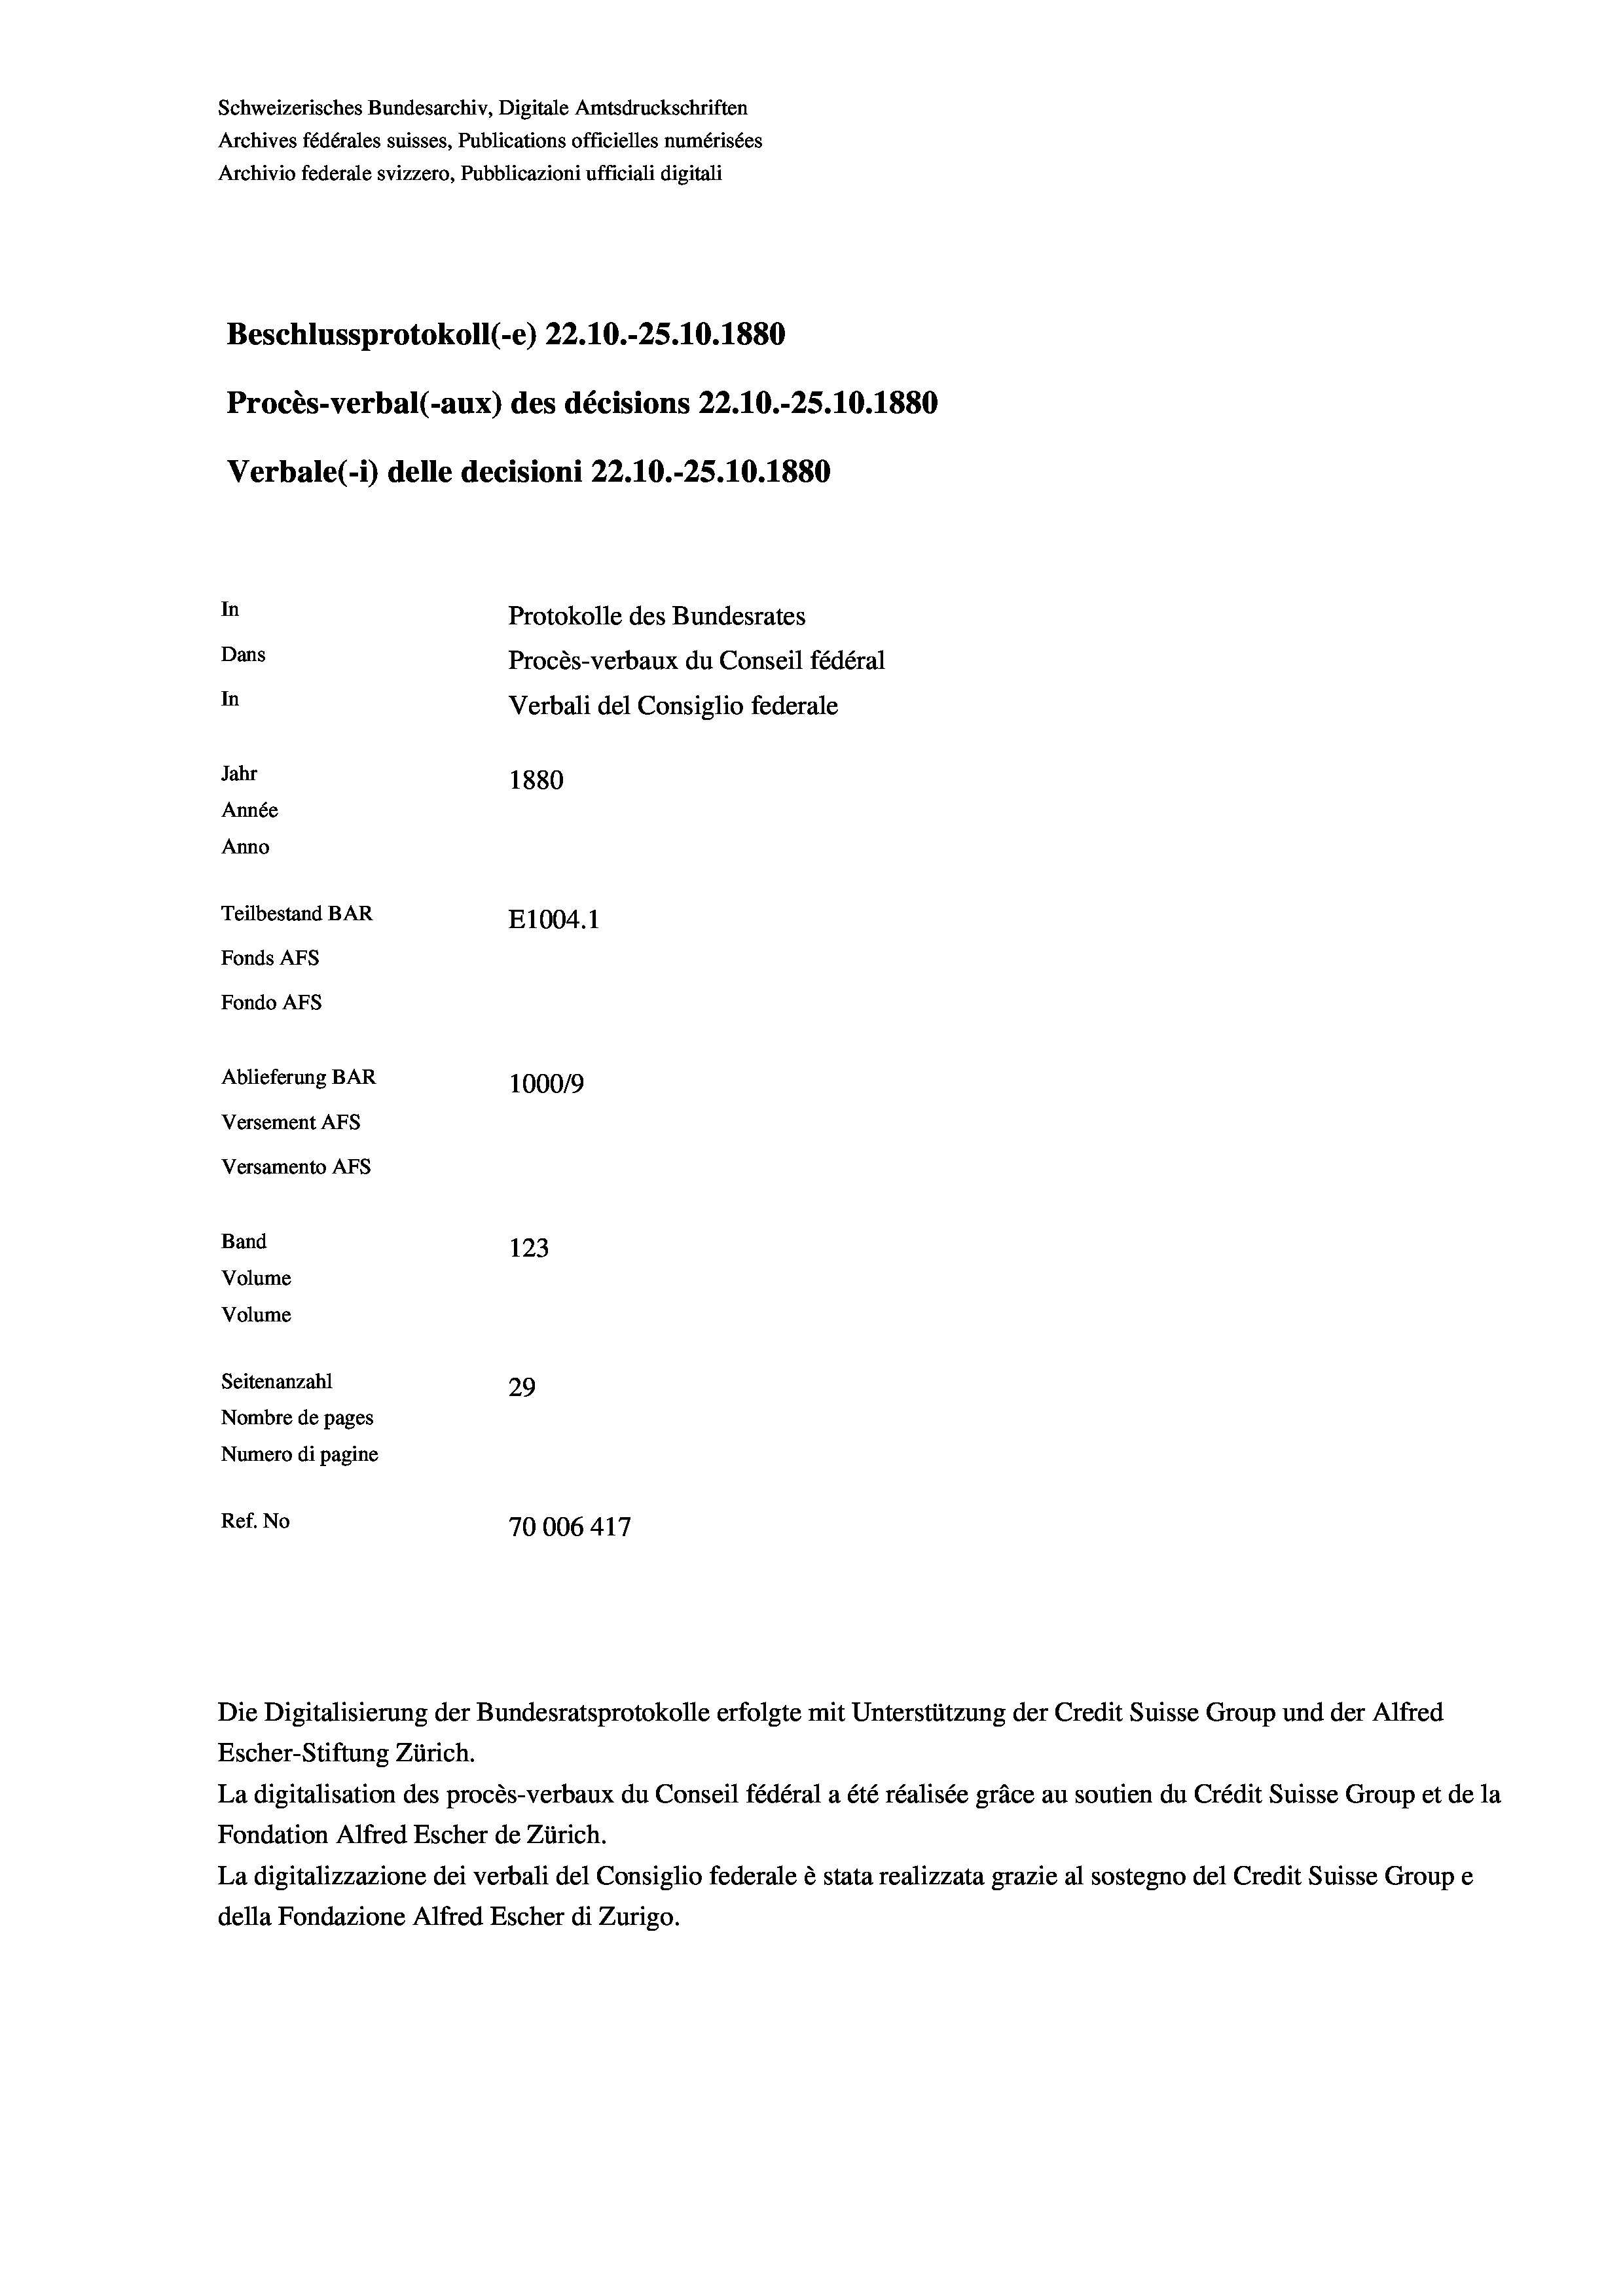
Schweizerisches Bundesarchiv, Digitale Amtsdruckschriften
Archives fédérales suisses, Publications officielles numérisées
Archivio federale svizzero, Pubblicazioni ufficiali digitali
Beschlussprotokoll (-e) 22.10.-25.10.1880
Procès-verbal (-aux) des décisions 22.10.-25.10.1880
Verbale(*) delle decisioni 22.10.-25.10.1880
In
Protokolle des Bundesrates
Dans
Procès-verbaux du Conseil fédéral
In
Verbali del Consiglio federale
Jahr
1880
Année
Anno
Teilbestand BAR
E1004.1
Fonds AFs
Fondo AFS
Ablieferung BAR
100019
Versement AFs
Versamento Afs
Band
123
Volume
Volume
Seitenanzahl
29
Nombre de pages
Numero di pagine
Ref. No
70006 417

Escher-Stiftung Zürich.
La digitalisation des procès-verbaux du Conseil fédéral a été réalisée gräce au soutien du Crédit Suisse Group et de la
Fondation Alfred Escher de Zürich.
La digitalizzazione dei verbali del Consiglio federale è stata realizzata grazie al sostegno del Credit Suisse Groupe
della Fondazione Alfred Escher di Zurigo.

Die Digitalisierung der Bundesratsprotokolle erfolgte mit Unterstützung der Credit Suisse Group und der Alfred